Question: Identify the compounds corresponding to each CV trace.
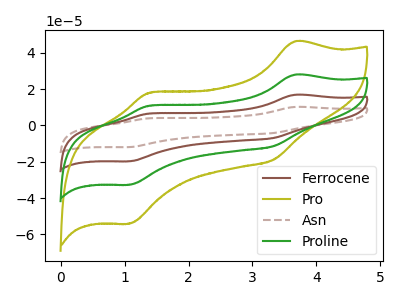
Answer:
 <answer>The brown curve is labeled "Ferrocene". The olive curve is labeled "Pro". The brown dashed curve is labeled "Asn". The green curve is labeled "Proline".</answer>
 <eval></eval>